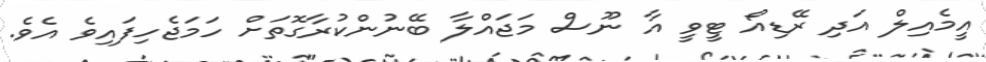
އީމެއިލް އަދި ރޭޑިއޯ ޓީވީ އާ ނޫސް މަޖައްލާ ބޭނުންކުރާގޮތަށް ހަމަޖެހިފައިވެ އެވެ.